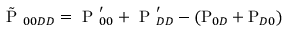
\tilde { \mathrm { ~ P ~ } } _ { 0 0 D D } = \mathrm { ~ P ~ } _ { 0 0 } ^ { \prime } + \mathrm { ~ P ~ } _ { D D } ^ { \prime } - ( \mathrm { P } _ { 0 D } + \mathrm { P } _ { D 0 } )